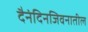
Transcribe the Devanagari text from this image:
दैनंदिनजिवनातील